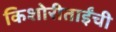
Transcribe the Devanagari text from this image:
किशोरीताईंची